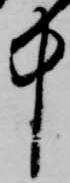
中